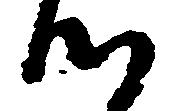
つ